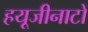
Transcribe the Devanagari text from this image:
हयूजीनाटों